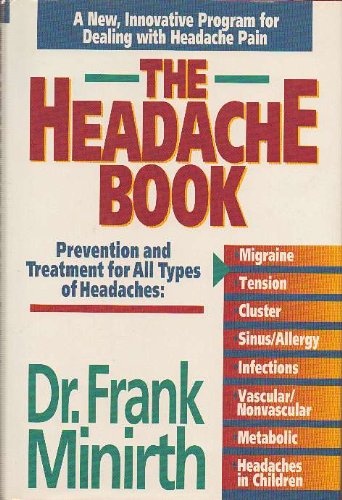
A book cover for The Headache Book: Prevention and Treatment for All Types of Headaches; Frank B. Minirth; Health, Fitness & Dieting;